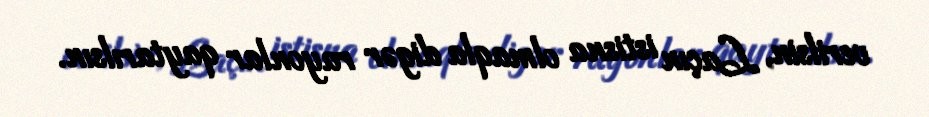
verilsin, Laçın istisna olmaqla digər rayonlar qaytarılsın.